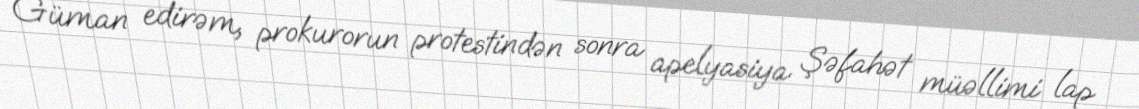
Güman edirəm, prokurorun protestindən sonra apelyasiya Şəfahət müəllimi lap